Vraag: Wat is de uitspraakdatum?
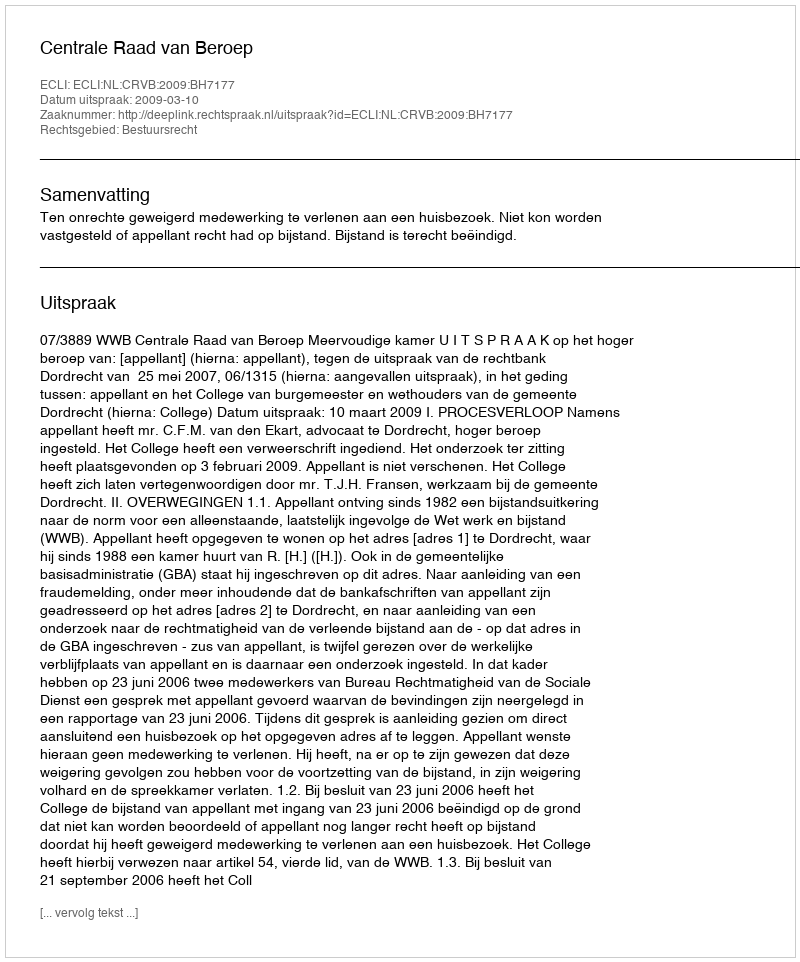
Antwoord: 2009-03-10